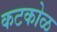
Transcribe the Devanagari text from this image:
कटकोळ